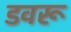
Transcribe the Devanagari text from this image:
डवरू